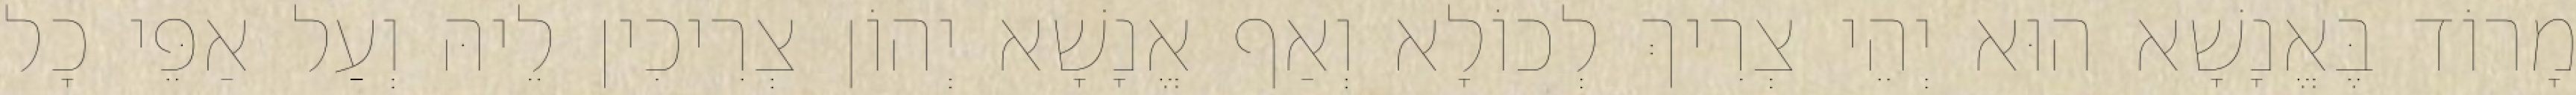
מָרוֹד בֶּאֱנָשָׁא הוּא יְהֵי צְרִיךְ לְכוֹלָא וְאַף אֱנָשָׁא יְהוֹן צְרִיכִין לֵיהּ וְעַל אַפֵּי כָל